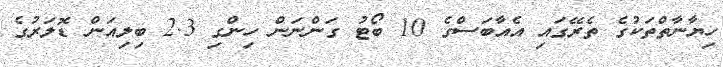
ހިޔާނާތްތަކުގެ ތެރޭގައި އެއާބަސްގެ 10 ބޯޓު ގަންނަން ހިންގި 2.3 ބިލިއަން ޑޮލަރުގެ